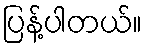
ပြန့်ပါတယ်။